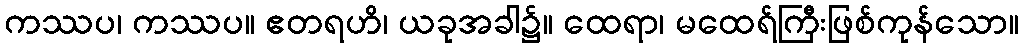
ကဿပ၊ ကဿပ။ ဧတရဟိ၊ ယခုအခါ၌။ ထေရာ၊ မထေရ်ကြီးဖြစ်ကုန်သော။